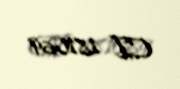
CI 181069